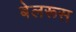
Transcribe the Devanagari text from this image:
बेलरूस